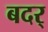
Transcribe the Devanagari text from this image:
बदर्